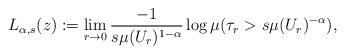
LaTeX: \begin{align*}L_{\alpha, s}(z) :=\lim_{r \to 0} \frac{-1}{s \mu(U_r)^{1-\alpha}} \log \mu(\tau_r > s\mu(U_r)^{-\alpha}),\end{align*}